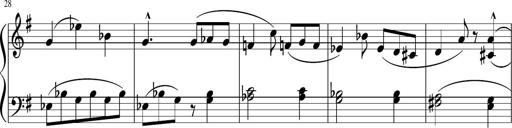
Title: 3 Sonatinen
Composer: Heinrich Lichner